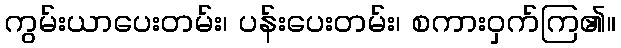
ကွမ်းယာပေးတမ်း၊ ပန်းပေးတမ်း၊ စကားဝှက်ကြ၏။